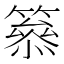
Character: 𥳋